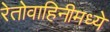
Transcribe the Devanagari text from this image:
रेतोवाहिनीमध्ये